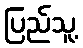
ပြည်သူ့